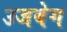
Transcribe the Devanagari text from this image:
उजबेग